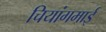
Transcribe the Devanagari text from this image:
चियांगमाई